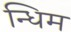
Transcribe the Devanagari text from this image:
न्धिम